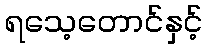
ရသေ့တောင်နှင့်